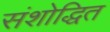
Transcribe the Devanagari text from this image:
संशोद्धित